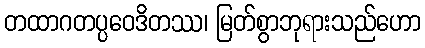
တထာဂတပ္ပဝေဒိတဿ၊ မြတ်စွာဘုရားသည်ဟော